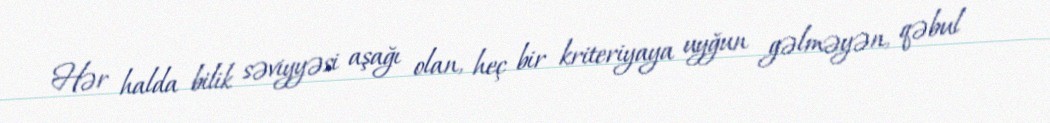
Hər halda bilik səviyyəsi aşağı olan, heç bir kriteriyaya uyğun gəlməyən, qəbul